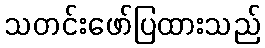
သတင်းဖော်ပြထားသည်